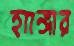
হ্যাঙ্গার